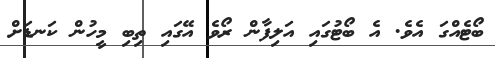
ބޯޓެއްގަ އެވެ. އެ ބޯޓުގައި އަލިފާން ރޯވެ އޭގައި ތިބި މީހުން ކަނޑަށް